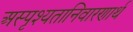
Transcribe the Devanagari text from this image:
अस्पृश्यतानिवारणार्थ